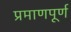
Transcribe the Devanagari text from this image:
प्रमाणपूर्ण